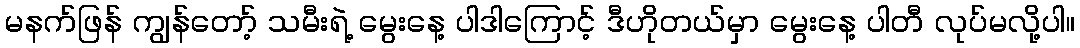
မနက်ဖြန် ကျွန်တော့် သမီးရဲ့ မွေးနေ့ ပါဒါကြောင့် ဒီဟိုတယ်မှာ မွေးနေ့ ပါတီ လုပ်မလို့ပါ။